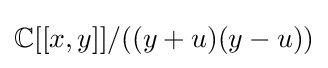
\mathbb {C} [[x,y]]/((y+u)(y-u))